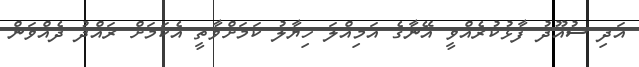
އަދި ސުއޫދު ފާޅުކުރެއްވީ އޭނާގެ އަމިއްލަ ހިޔާލު ކަމަށްވާތީ އެކަމަށް ރައްދު ދެއްވަން